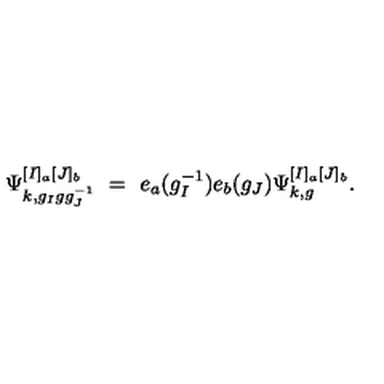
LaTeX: \Psi _ { k , g _ { I } g g _ { J } ^ { - 1 } } ^ { [ I ] _ { a } [ J ] _ { b } } \ = \ e _ { a } ( g _ { I } ^ { - 1 } ) e _ { b } ( g _ { J } ) \Psi _ { k , g } ^ { [ I ] _ { a } [ J ] _ { b } } .